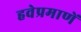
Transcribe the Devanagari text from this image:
हवेप्रमाणें